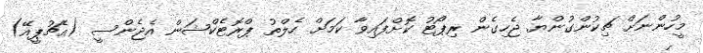
މީހުންނަށް ޗިކުންގުންޔާ ޖެހިގެން ރިޕޯޓު ކޮށްފައިވާ ކަމަށް ހެލްތު ޕްރޮޓެކްޝަން އެޖެންސީ (އެޗުޕީއޭ)